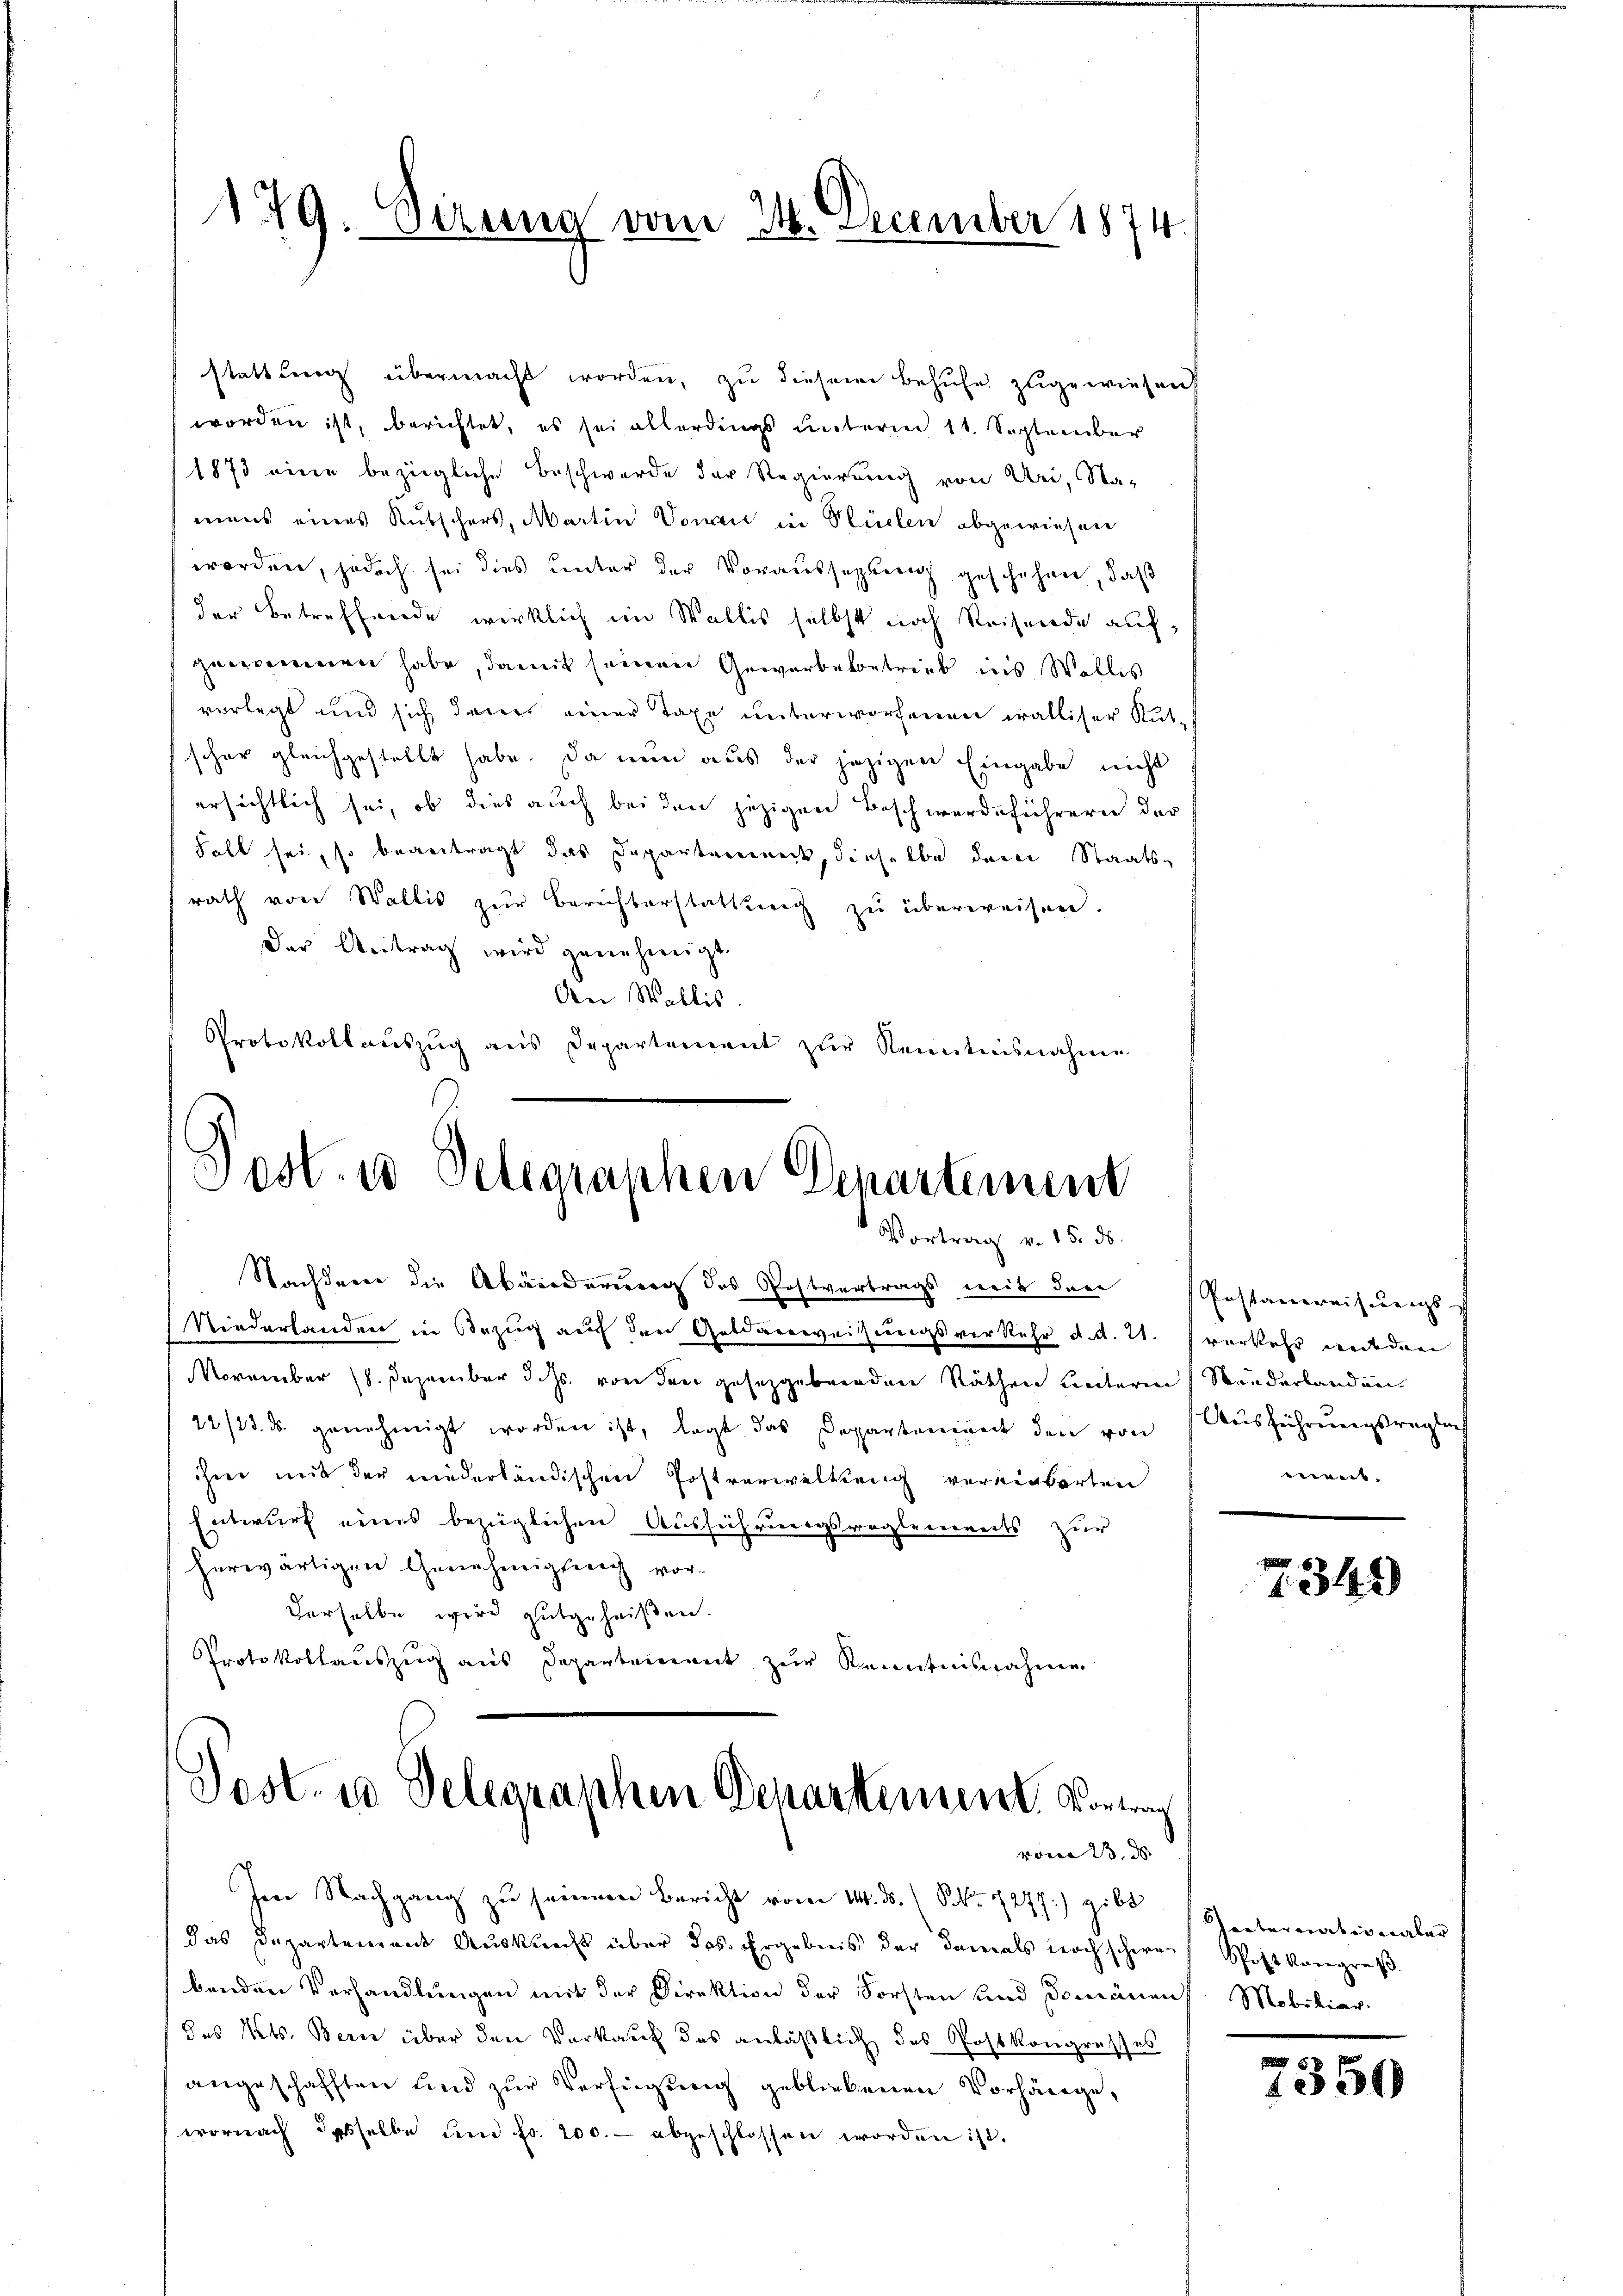
179. Sizung vom 21. December 1874

stattung übermacht worden, zu diesem Behufe zugewiesend
worden ist, berichtet, es sei allerdings unterm 11. September
1873 eine bezügliche Beschwerde der Regierung von Uri, Na-
mens eines Rutschers, Martin Vonau in Stücken abgewiesen
worden, jedoch sei dies unter der Voraussezung geschehen, daß
der Betreffende wirklich im Wallis selbst noch Reisende aufgenommen habe, damit seinen Gewerbekontrieb ins Wallis
vorlegt und sich denn einer Taxe unterworfenen walliser Kut-
schon gleichgestellt habe. Da nun aus der jezigen Eingabe nicht
ersichtlich sei, ob dies auch bei den jezigen Beschwerdeführern der
Fall sei, so beantragt das Departement, dieselbe dem Staats-
rath von Wallis zur Berichterstattung zu überweisen.
der Antrag wird genehmigt.
An Wallis.
Protokollauszug aus Departement zur Kenntnisnahme

Post. 10 Delegraphen Genartement
Vortrag v. 15. ds.
Nachdener die Abänderung des Postvertrags, weit den

Niederhanden in Bezug auf den Geldanweisungsverkehr d. d. 21.
NNovember 18. Dezember d. Js. von den gesetzgebenden Räthen unterm Sanderlanden
22/23. d. genehmigt worden ist, legt das Departeniant den von
ihrer mit der niederländischen Postverwaltung vereinbarten
Entwurf eines bezüglichen Ausführungsreglenereits zur
herwärtigen Genehmigteich vorderselbe wird gutgeheißen.
Protokollauszug aus Departement zur Kenntnisnahme

Dost. 10 Delegraphen Departement. Vortrag
vom 23. ds.

Im Nachgang zu seinem Bericht vom 14. d. 1 S. 7277) gibt Theaternativeraber
das Departement Auskunft über das Ergebnis der damals noch schwer
benden Verhandlungen mit der Direktion der Forsten und Domänen Mobiliar-
des Kts. Bern über den Verkauf das anläßlich das Postkongresses
angeschafften und zur Verfügung gebliebenen Vorhänge,
wornach dasselbe und fr. 200.- abgeschlossen worden ist.

Instandereisungs-
verkehr wieden
Ausführungsreglei
erweit |

349

Schaft kongreß

7350